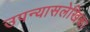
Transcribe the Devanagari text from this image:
उपन्यासलेखिका